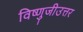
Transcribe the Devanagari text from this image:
विष्णुजीउत्तर